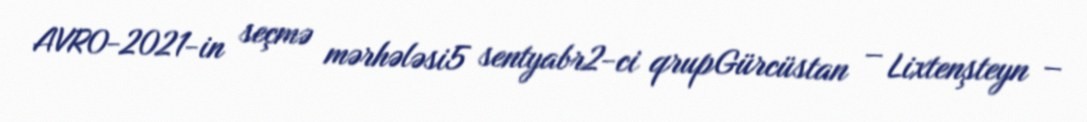
AVRO-2021-in seçmə mərhələsi5 sentyabr2-ci qrupGürcüstan – Lixtenşteyn –